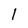
Character: l